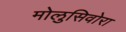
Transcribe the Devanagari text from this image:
मोलुसिवोरा